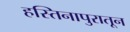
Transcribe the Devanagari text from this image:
हस्तिनापुरातून